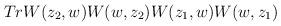
LaTeX: \begin{align*}Tr W(z_2,w)W(w,z_2)W(z_1,w)W(w,z_1)\end{align*}